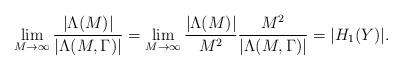
LaTeX: \begin{align*} \lim_{M\to \infty}\frac{|\Lambda(M)|}{|\Lambda(M,\Gamma)|}= \lim_{M\to \infty}\frac{|\Lambda(M)|}{M^{2}}\frac{M^{2}}{|\Lambda(M,\Gamma)|}=|H_{1}(Y)|.\end{align*}